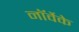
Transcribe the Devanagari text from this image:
नॉर्वेके